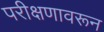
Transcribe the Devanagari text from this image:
परीक्षणावरून